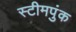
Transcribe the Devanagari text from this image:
स्टीमपुंक